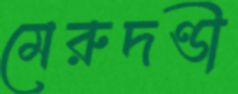
মেরুদণ্ডী